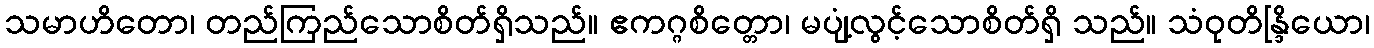
သမာဟိတော၊ တည်ကြည်သောစိတ်ရှိသည်။ ဧကဂ္ဂစိတ္တော၊ မပျံ့လွင့်သောစိတ်ရှိ သည်။ သံဝုတိန္ဒြိယော၊